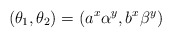
\begin{align*} (\theta_1,\theta_2)=(a^x\alpha^y,b^x\beta^y) \end{align*}